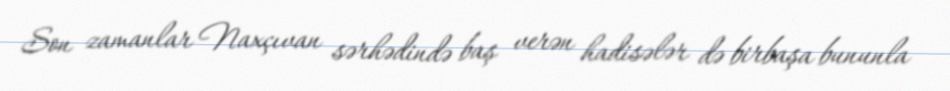
Son zamanlar Naxçıvan sərhədində baş verən hadisələr də birbaşa bununla